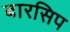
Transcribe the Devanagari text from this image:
बारसिप